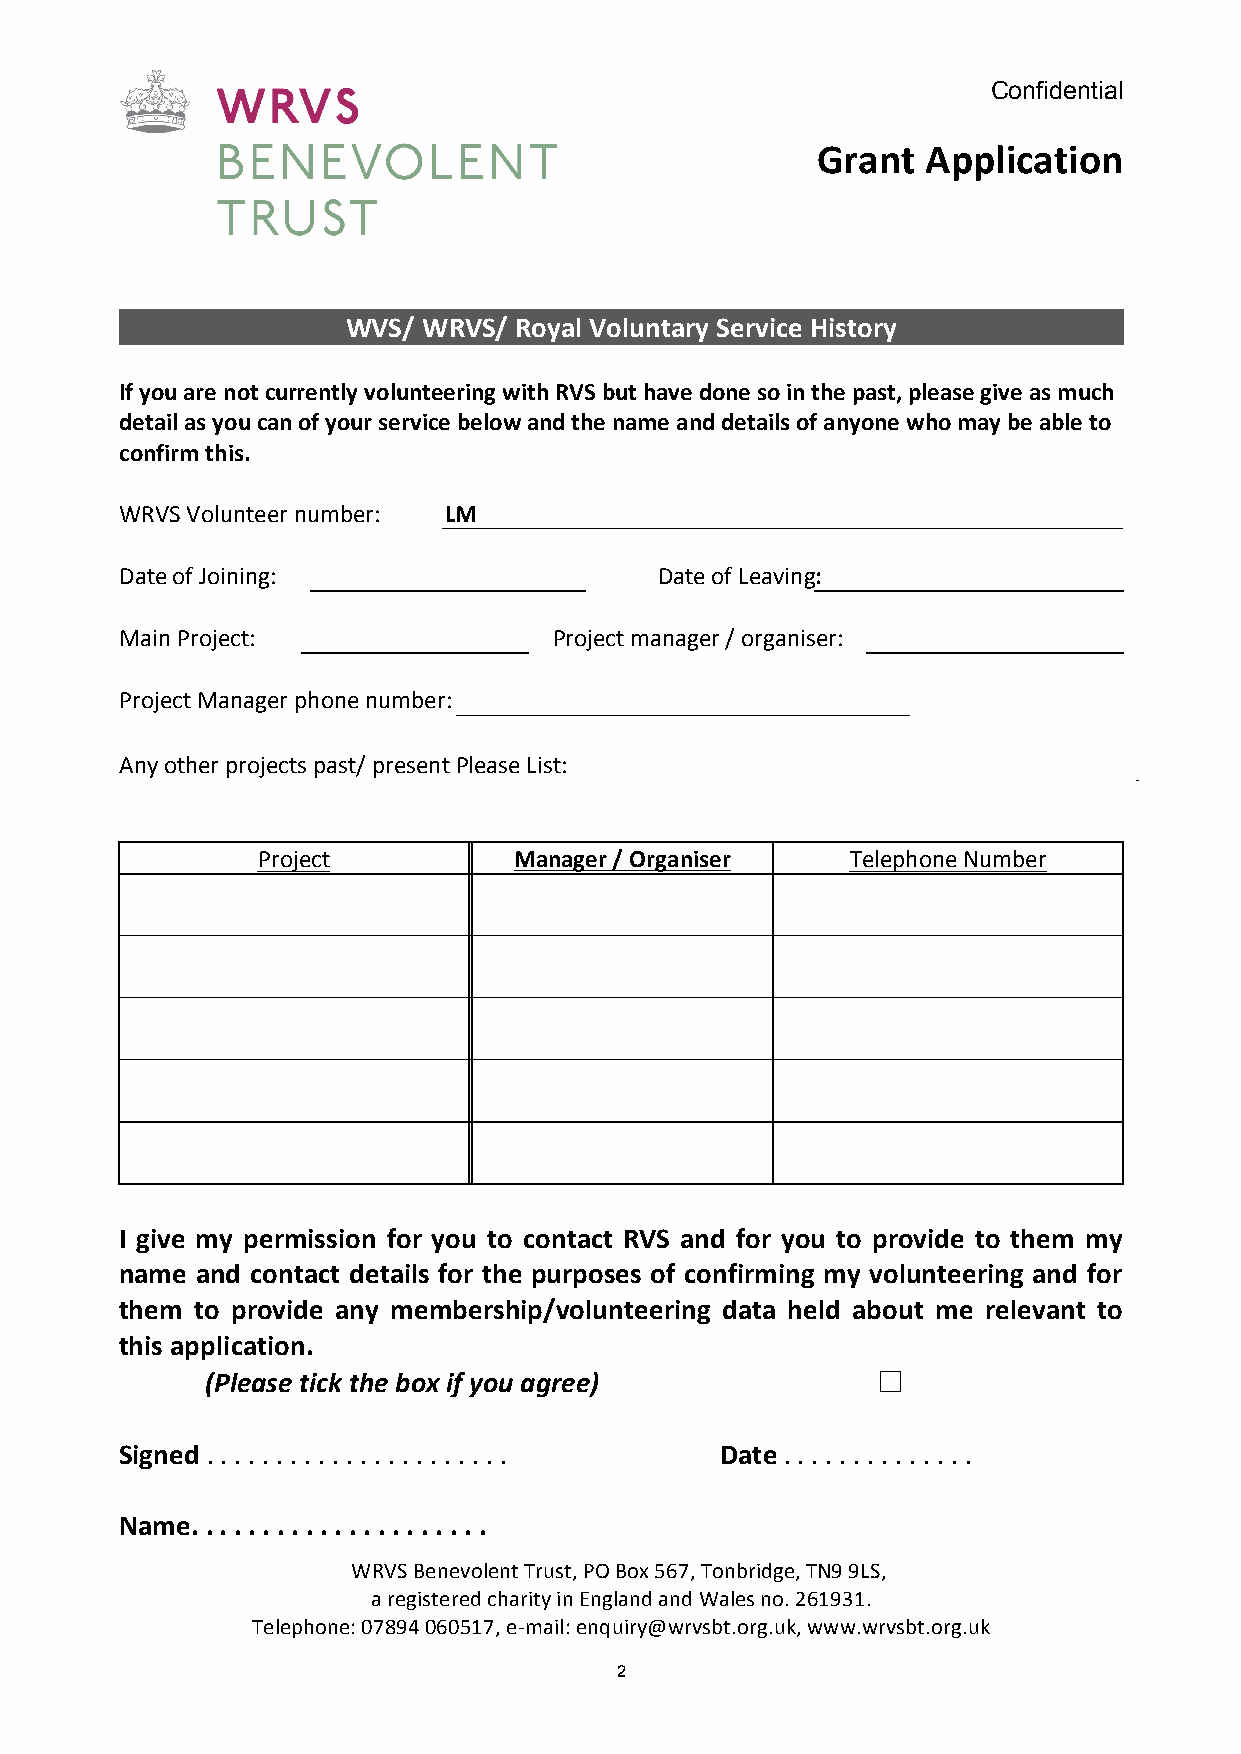
Confidential
 Grant  Application
 WVS/ WRVS/ Royal Voluntary Service History
 If you are not currently volunteering with RVS but have done so in the past, please give as much
 detail as you can of your service below and the name and details of anyone who may be able to
 confirm this.
 WRVS Volunteer number: LM
 Date of Joining:                    Date of Leaving:
 Main Project:                Project manager / organiser:
 Project Manager phone number:
 Any other projects past/ present Please List:
 Project          Manager / Organiser   Telephone Number
 I give my permission for you to contact RVS and for you to provide to them my
 name and contact details for the purposes of confirming my volunteering and for
 them to provide any membership/volunteering data held about me relevant to
 this application.
 (Please tick the box if you agree)          ☐
 Signed . . . . . . . . . . . . . . . . . . . . . . Date . . . . . . . . . . . . . .
 Name. . . . . . . . . . . . . . . . . . . . .
 WRVS Benevolent Trust, PO Box 567, Tonbridge, TN9 9LS,
 a registered charity in England and Wales no. 261931.
 Telephone: 07894 060517, e-­‐mail: enquiry@wrvsbt.org.uk, www.wrvsbt.org.uk
 2